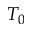
T _ { 0 }